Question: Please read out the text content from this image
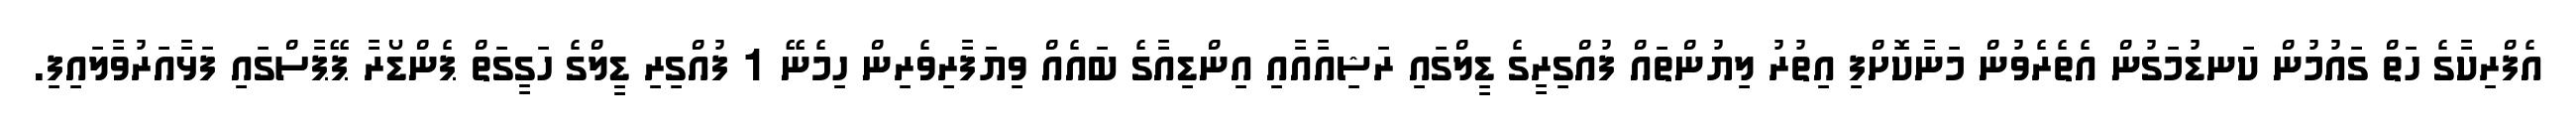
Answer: އެފްރިކާގެ ހަތް ގައުމުން ކަނޑުމަގުން އެތެރެވުން މަނާކޮށްފި އިތުރު ލިޔުންތައް ފުއްގިރީގެ ޑީލްގައި ރަޝިއާއާއި އިންޑިއާގެ ބައެއް ވިޔަފާރިވެރިން ހިމެނޭ 1 ފުއްގިރި ޑީލްގެ ހަގީގަތް ޕެންޑޯރާ ޕޭޕާސްގައި ފަޅާއަރުވާލައިފި.